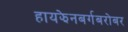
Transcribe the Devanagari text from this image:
हायझेनबर्गबरोबर